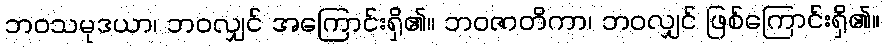
ဘဝသမုဒယာ၊ ဘဝလျှင် အကြောင်းရှိ၏။ ဘဝဇာတိကာ၊ ဘဝလျှင် ဖြစ်ကြောင်းရှိ၏။